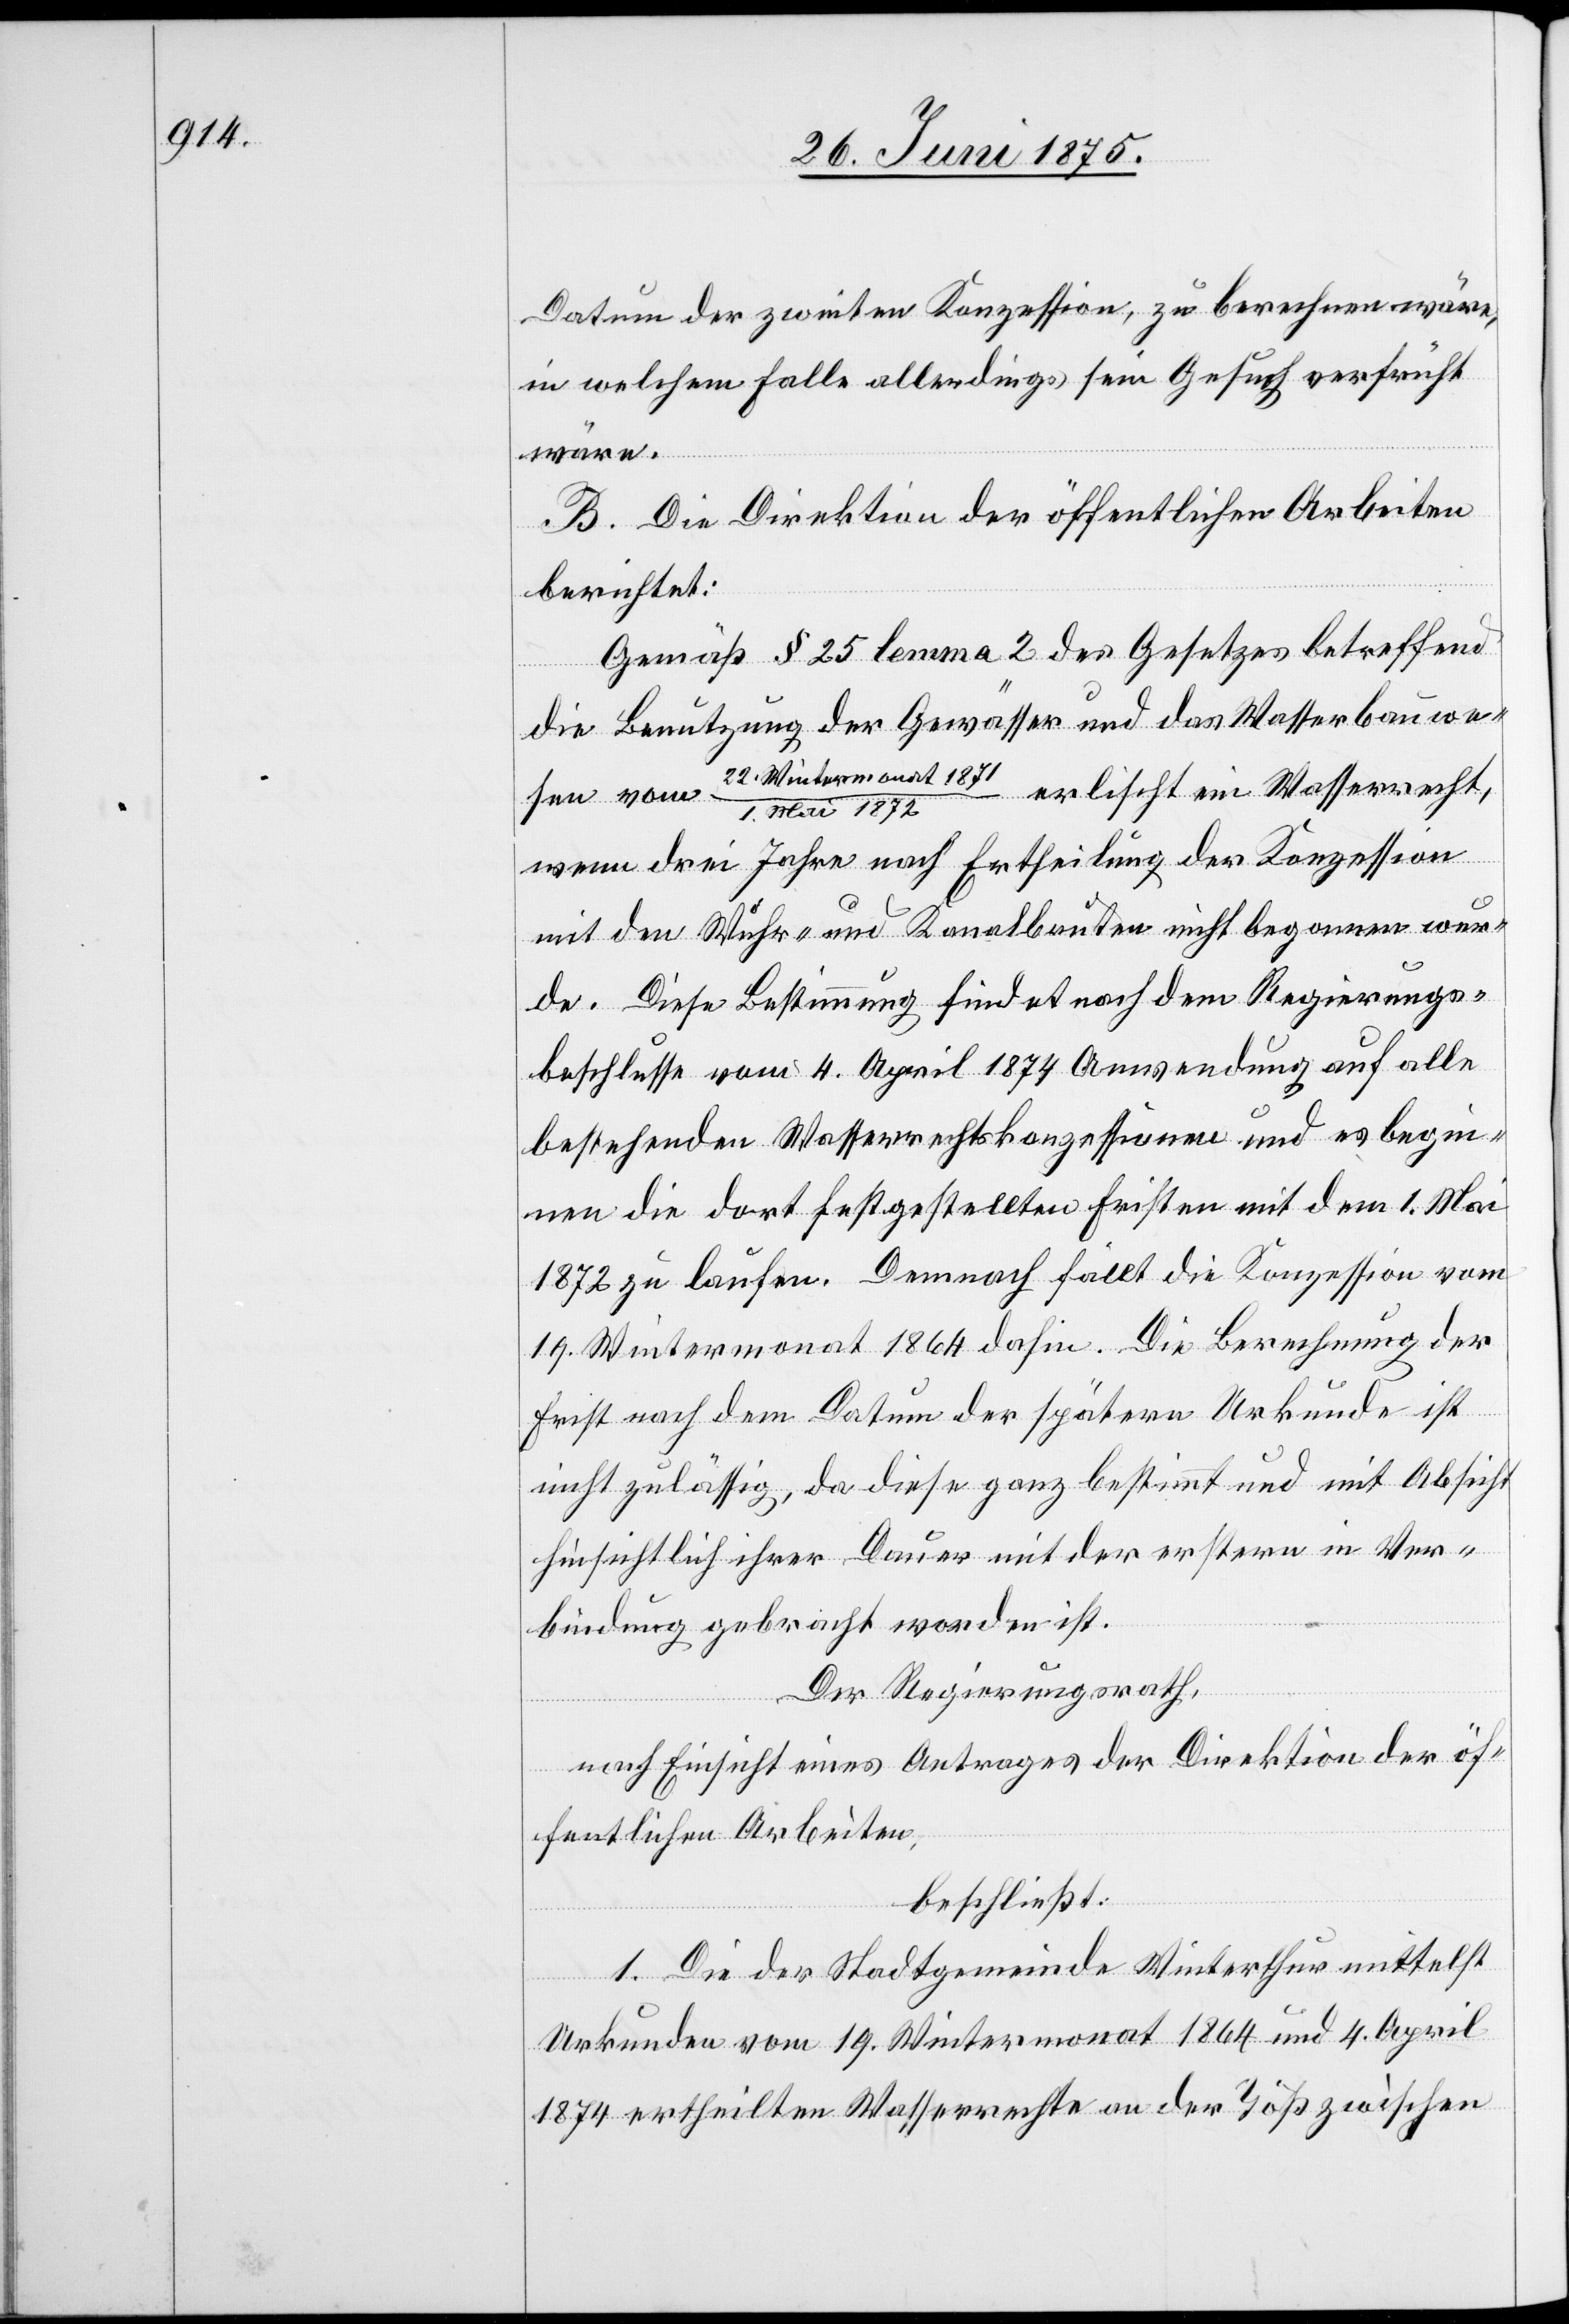
Datum der zweiten Konzession, zu berechnen wäre,
in welchem Falle allerdings sein Gesuch verfrüht
wäre.
B. Die Direktion der öffentlichen Arbeiten
berichtet:
Gemäß § 25 lemma 2 des Gesetzes betreffend
die Benutzung der Gewässer und das Wasserbauwe¬
sen vom 22. Wintermonat 1871/1. Mai 1872 erlischt ein Wasserrecht,
wenn drei Jahre nach Ertheilung der Konzession
mit den Wuhr- und Kanalbauten nicht begonnen wur¬
de. Diese Bestimmung findet nach dem Regierungs¬
beschlusse vom 4. April 1874 Anwendung auf alle
bestehenden Wasserrechtskonzessionen und es begin¬
nen die dort festgestellten Fristen mit dem 1. Mai
1872 zu laufen. Demnach fällt die Konzession vom
19. Wintermonat 1864 dahin. Die Berechnung der
Frist nach dem Datum der spätern Urkunde ist
nicht zulässig, da diese ganz bestimmt und mit Absicht
hinsichtlich ihrer Dauer mit der erstern in Ver¬
bindung gebracht worden ist.
Der Regierungsrath,
nach Einsicht eines Antrages der Direktion der öf¬
fentlichen Arbeiten,
beschließt:
1. Die der Stadtgemeinde Winterthur mittelst
Urkunden vom19. Wintermonat 1864 und 4. April
1874 ertheilten Wasserrechte an der Töß zwischen